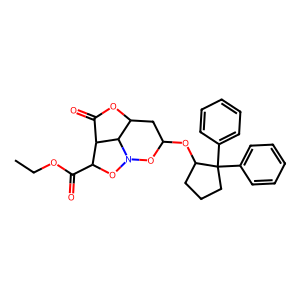
SMILES: CCOC(=O)C1ON2OC(OC3CCCC3(c3ccccc3)c3ccccc3)CC3OC(=O)C1C32
Inhibits HIV replication: No